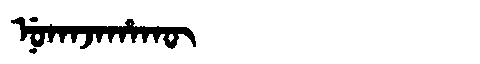
Manchu: ᠨᡠᡴᠠᠵᠠᡥᠠᡴᡡ
Romanization: NUKAJAHAKŪ